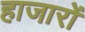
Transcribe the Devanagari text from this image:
हाजारों